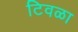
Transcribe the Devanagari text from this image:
टिवळा